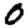
Digit: 0